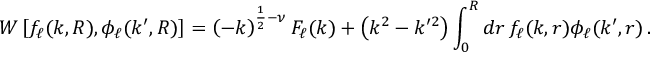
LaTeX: W \left[ f _ { \ell } ( k , R ) , \phi _ { \ell } ( k ^ { \prime } , R ) \right] = \left( - k \right) ^ { \frac { 1 } { 2 } - \nu } F _ { \ell } ( k ) + \left( k ^ { 2 } - k ^ { \prime 2 } \right) \int _ { 0 } ^ { R } d r \, f _ { \ell } ( k , r ) \phi _ { \ell } ( k ^ { \prime } , r ) \, .